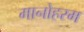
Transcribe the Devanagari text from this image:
मानोहरम